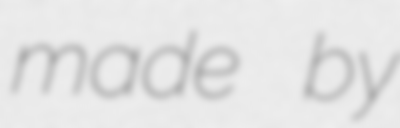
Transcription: made by